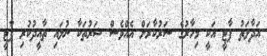
އަދާލަތު ޕާޓީ އަކީ މިހާރުގެ ސަރުކާރަށް އެއްވެސް ޝަރުތަކާ ނުލައި ތާއީދުކުރި ޕާޓީ